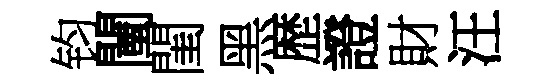
钧闉閨黑歴證財汪